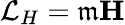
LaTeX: \mathcal{L}_{H}=\mathfrak{m}\textbf{H}